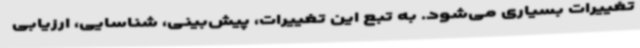
تغییرات بسیاری می‌شود. به تبع این تغییرات، پیش‌بینی، شناسایی، ارزیابی